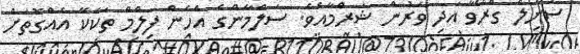
ސުނިލް ގްރޯވާ އަދި ވަރުން ޝަރްމާއެވެ. ސަލްމާންގެ އެހެން ފިލްމް ތަކެކޭ އެއްގޮތަށް